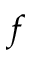
f